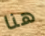
هنا